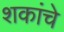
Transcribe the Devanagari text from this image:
शकांचे